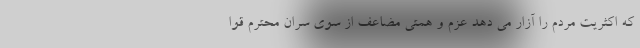
که اکثریت مردم را آزار می دهد عزم و همتی مضاعف از سوی سران محترم قوا